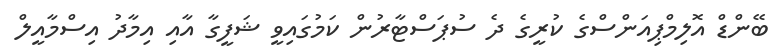
ބޭންޑް އޮލިމްޕިއަންސްގެ ކުރީގެ ދެ ސުޕަސްޓާރުން ކަމުގައިވީ ޝަފީގާ އާއި އިމާދު އިސްމާއީލް